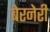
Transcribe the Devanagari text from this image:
बेरनेरी